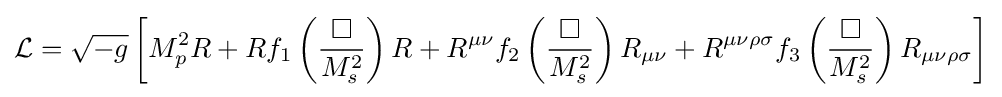
{\mathcal {L}}={\sqrt {-g}}\left[M_{p}^{2}R+Rf_{1}\left({\frac {\Box }{M_{s}^{2}}}\right)R+R^{\mu \nu }f_{2}\left({\frac {\Box }{M_{s}^{2}}}\right)R_{\mu \nu }+R^{\mu \nu \rho \sigma }f_{3}\left({\frac {\Box }{M_{s}^{2}}}\right)R_{\mu \nu \rho \sigma }\right]